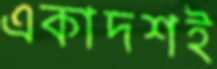
একাদশই